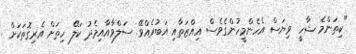
"ކިތަންމެ ޝާހީ ވިޔަސް އެހެންމީހުންގެވެސް އިއްޒަތާއި އަބުރެއްވޭ. ސަލްވާއާއިމެދު ކަލޭ ހިތަށް އެރިގޮތަކަށް